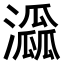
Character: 𤂜